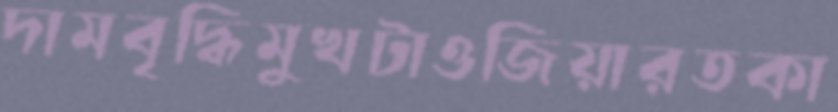
দামবৃদ্ধিমুখটাওজিয়ারতকা